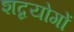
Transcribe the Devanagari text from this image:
शब्दयोगों